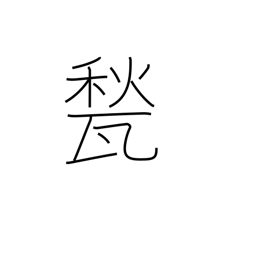
Meaning: floor tile